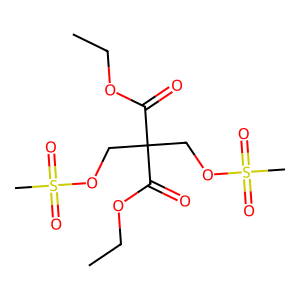
SMILES: CCOC(=O)C(COS(C)(=O)=O)(COS(C)(=O)=O)C(=O)OCC
Inhibits HIV replication: No